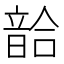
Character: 𩐥